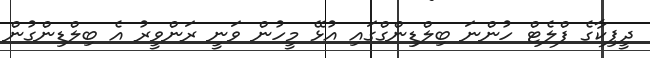
ދީޕިކާގެ ފްލެޓް ހުންނަ ބިލްޑިންގްގައި އުޅޭ މީހުން ވަނީ ރަންވީރު އެ ބިލްޑިންގުން